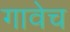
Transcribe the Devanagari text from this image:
गावेच